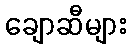
ချောဆီများ